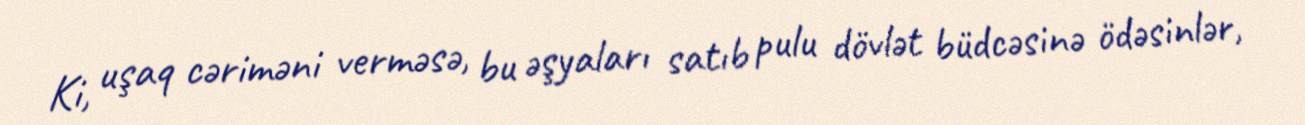
Ki, uşaq cəriməni verməsə, bu əşyaları satıb pulu dövlət büdcəsinə ödəsinlər,